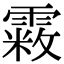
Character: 𩄧